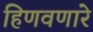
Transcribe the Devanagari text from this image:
हिणवणारे